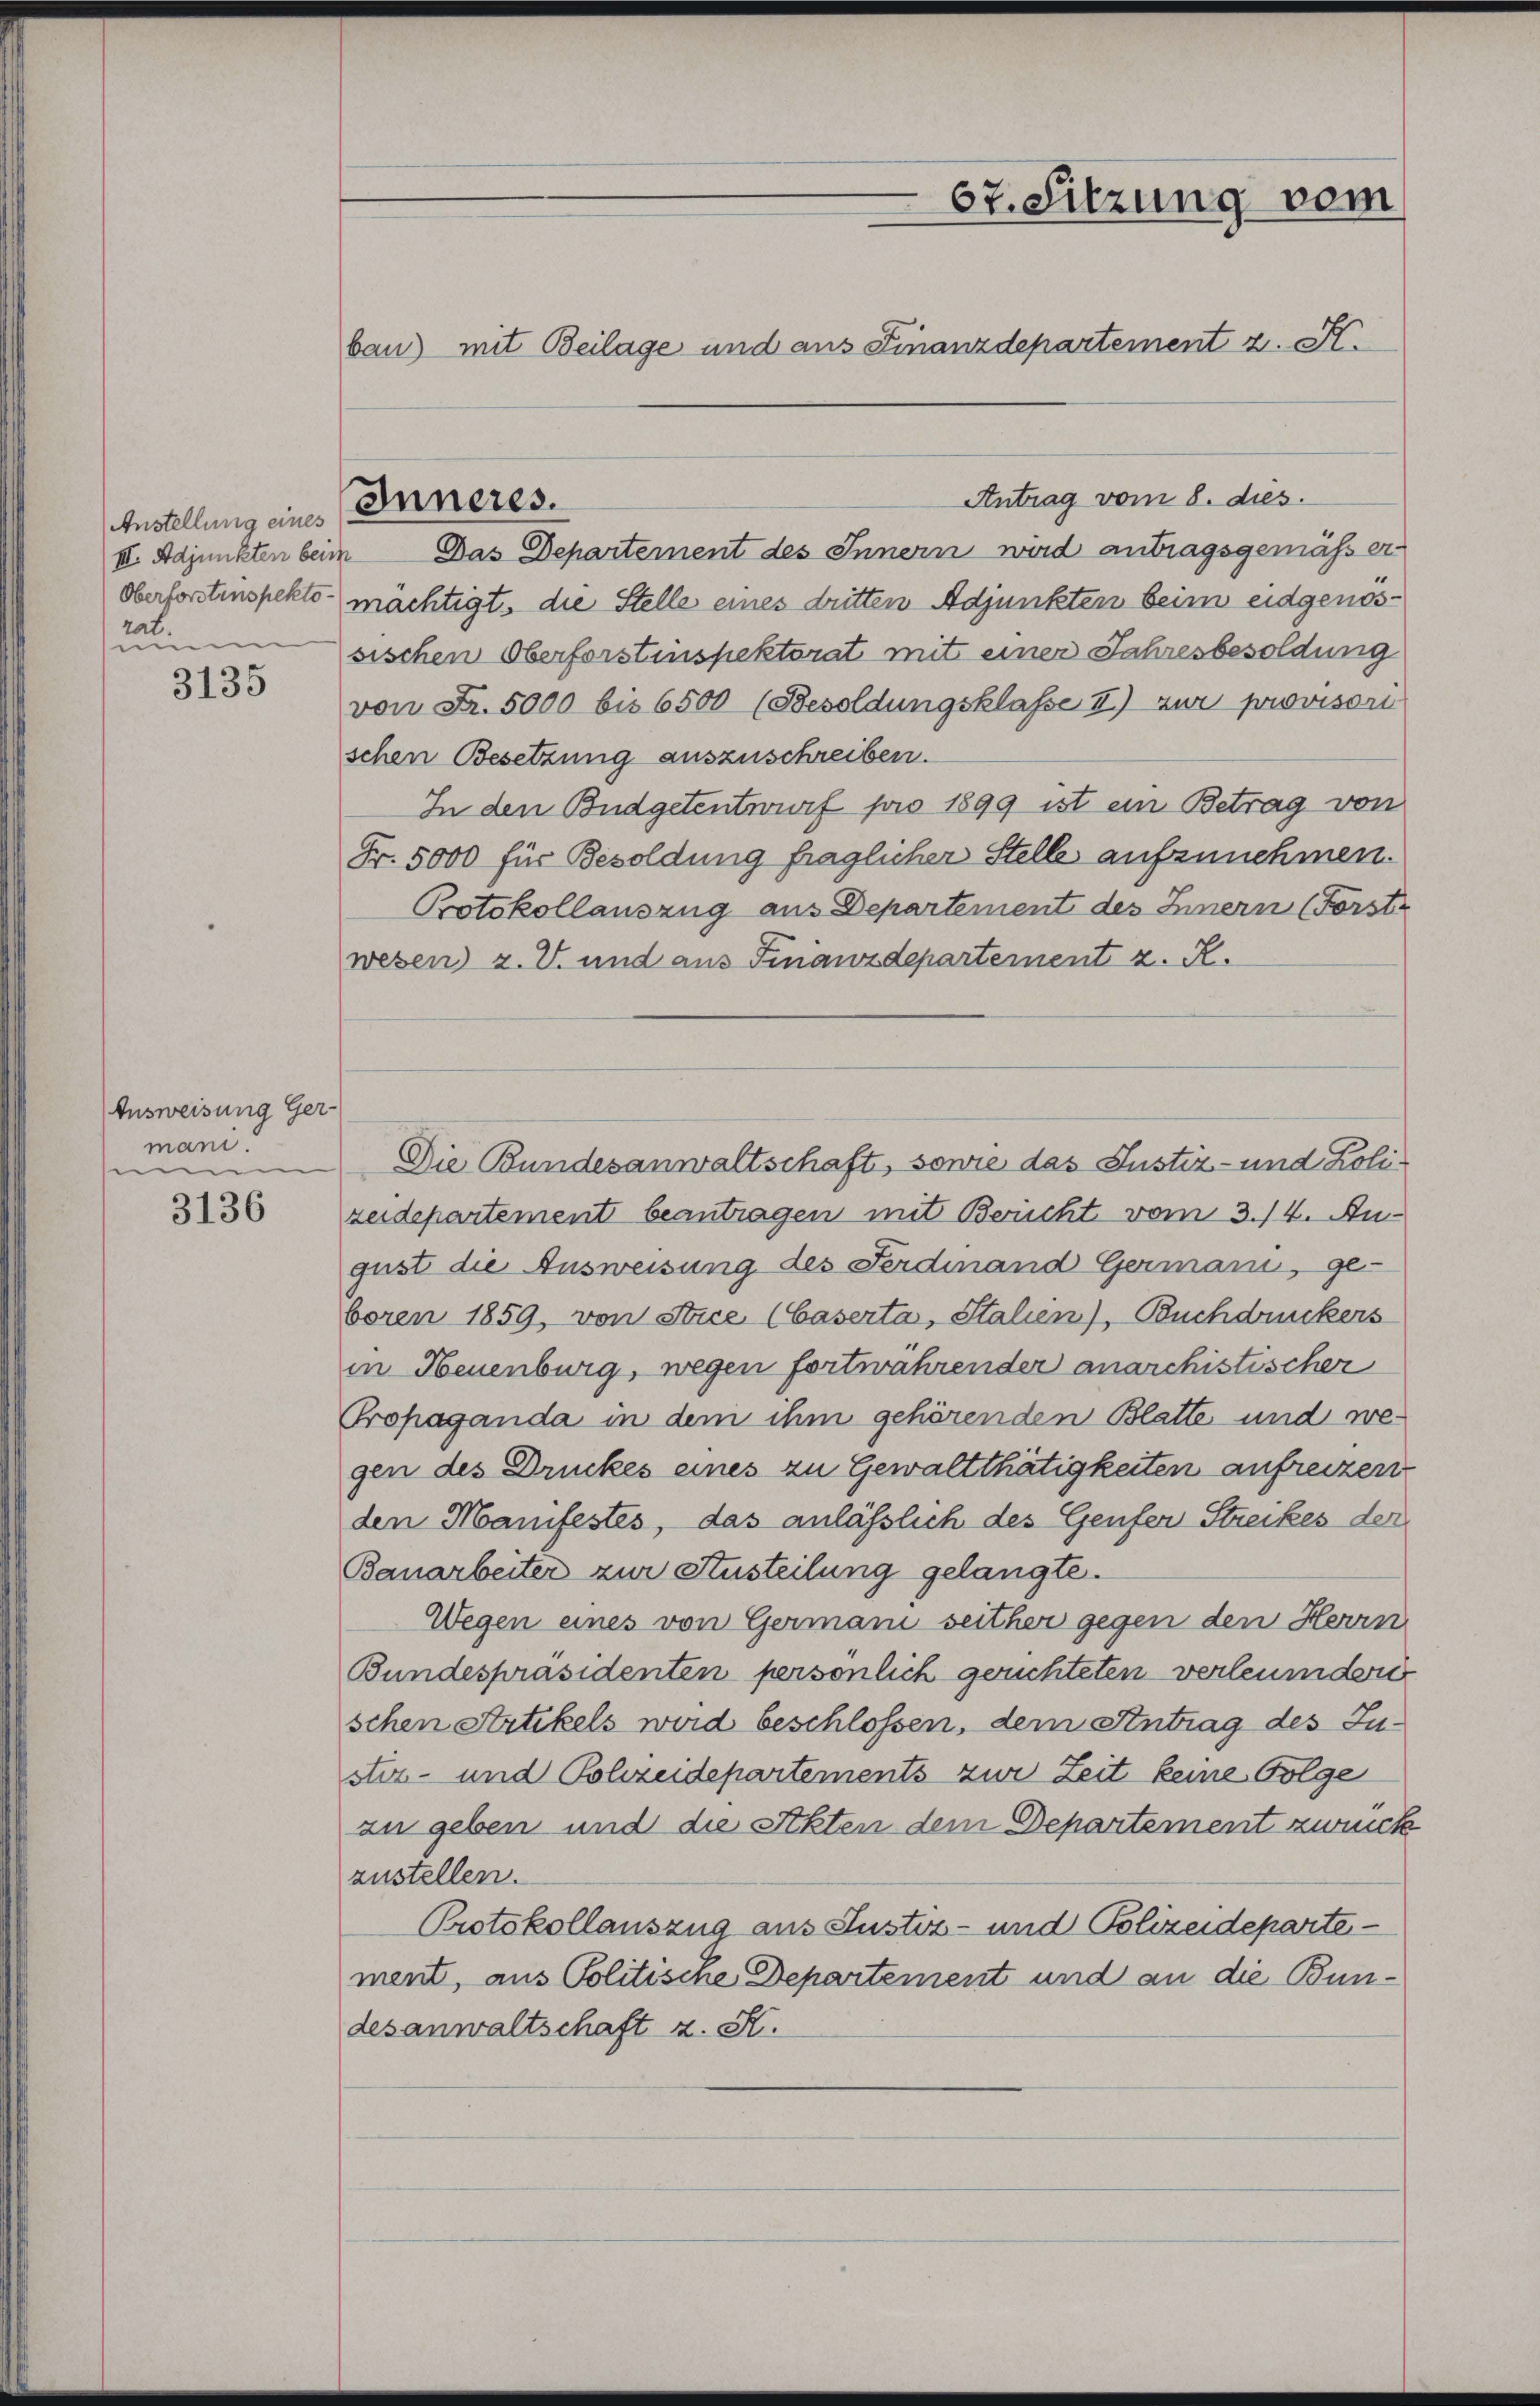
Anstellung eines
III. Adjunkten beide
rat.
numm

3135

Ausweisung Germani.
nun

3136

67. Sitzung vom
bau) mit Beilage und aus Finanzdepartement z. B.

Inneres.

Antrag vom 8. dies
Das Departement des Innern wird antragsgemässer
s
Oberforstenspekto- mächtigt, die Stelle eines dritten Adjunkten beim eidgenössischen Oberforstinspektorat mit einer Jahresbesoldung
von Fr. 5000 bis 6500 (Besoldungsklasse II.) zur provisori
schen Besetzung auszuschreiben.
In den Budgetentwurf pro 1899 ist ein Betrag von
Fr. 5000 für Besoldung fraglicher Stelle aufzunehmen.
Protokollauszug aus Departement des Innern (Forst
wesen z. V. und aus Finanzdepartement z. R.
Die Bundesanwaltschaft, sowie das Justiz- und Polizeidepartement beantragen mit Bericht vom 3./4. Au-
gust die Ausweisung des Ferdinand Germani, ge-
boren 1859, von Stice (Caserta, Stalien), Buchdruckers
in Neuenburg, wegen fortwährender anarchistischer
Propaganda in dem ihm gehörenden Blatte und wegen des Druckes eines zu Gewaltthätigkeiten anfreizer
den Manifestes, das anlässlich des Genfer Streikes der
Bauarbeiter zur Austeilung gelangte.
Wegen eines von Germani seither gegen den Herrn
Bundespräsidenten persönlich gerichteten verleumder
schen Artikels weid beschlossen, dem Antrag des Juster- und Polizeidepartements zur Zeit keine Folge
zu geben und die Sekten dem Departement zweck
zustellen.
Protokollauszug aus Justiz- und Polizeideparte
ment, aus Politische Departement und an die Bundesanwaltschaft z. K.